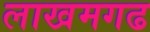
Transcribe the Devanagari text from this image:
लाखमगढ